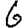
Digit: 6